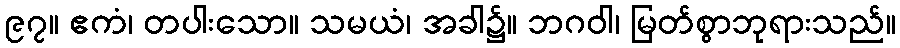
၉၇။ ဧကံ၊ တပါးသော။ သမယံ၊ အခါ၌။ ဘဂဝါ၊ မြတ်စွာဘုရားသည်။